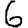
Digit: 6